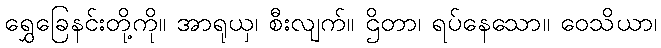
ရွှေခြေနင်းတို့ကို။ အာရုယှ၊ စီးလျက်။ ဌိတာ၊ ရပ်နေသော။ ဝေသိယာ၊